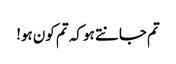
تم جانتے ہو کہ تم کون ہو!